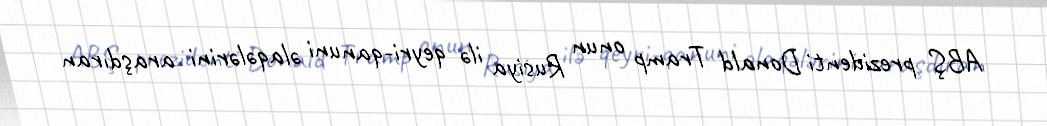
ABŞ prezidenti Donald Tramp onun Rusiya ilə qeyri-qanuni əlaqələrini araşdıran